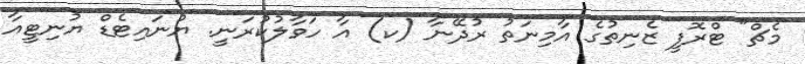
މެޗް" ޓްރޮފީ ޒެނިތުގެ އާމިނަތު ރުދޭނާ (ކ) އާ ހަވާލުކުރަނީ. ޔުނައިޓެޑް ޔުނިޓީއާ